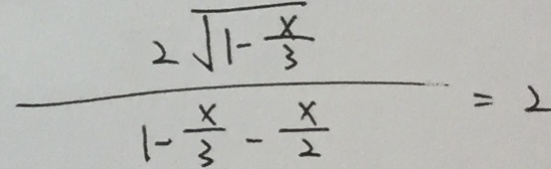
\frac { 2 \sqrt { 1 - \frac { x } { 3 } } } { 1 - \frac { x } { 3 } - \frac { x } { 2 } } = 2